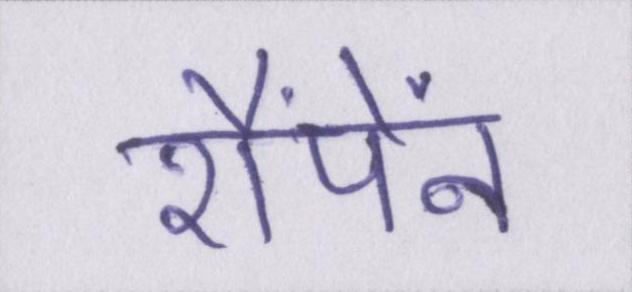
शैंपेंन